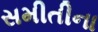
સમીતીના